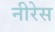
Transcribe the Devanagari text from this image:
नीरेस